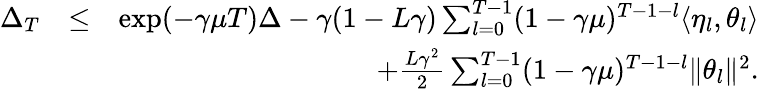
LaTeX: \begin{array}{rlr}{\Delta_{T}}&{\leq}&{\exp(-\gamma\mu T)\Delta-\gamma(1-L\gamma)\sum_{l=0}^{T-1}(1-\gamma\mu)^{T-1-l}\langle\eta_{l},\theta_{l}\rangle}\\ &{}&{+\frac{L\gamma^{2}}{2}\sum_{l=0}^{T-1}(1-\gamma\mu)^{T-1-l}\| \theta_{l}\| ^{2}.}\end{array}